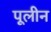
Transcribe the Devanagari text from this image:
पूलीन